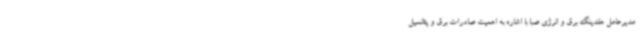
مدیرعامل هلدینگ برق و انرژی صبا با اشاره به اهمیت صادرات برق و پتانسیل